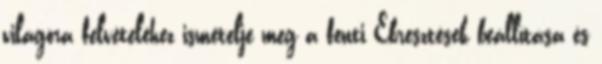
világóra felvételéhez ismételje meg a fenti Ébresztések beállítása és